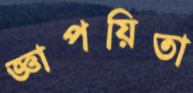
জ্ঞাপয়িতা